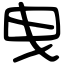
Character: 曳